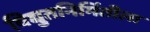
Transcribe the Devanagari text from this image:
विद्युतनिर्मितीला